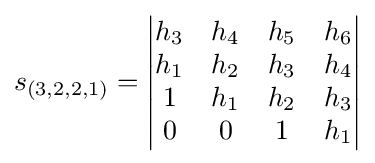
s_{(3,2,2,1)}={\begin{vmatrix}h_{3}&h_{4}&h_{5}&h_{6}\\h_{1}&h_{2}&h_{3}&h_{4}\\1&h_{1}&h_{2}&h_{3}\\0&0&1&h_{1}\end{vmatrix}}